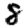
Digit: 8